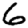
Digit: 6